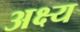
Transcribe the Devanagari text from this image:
अक्ष्य